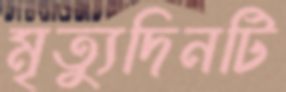
মৃত্যুদিনটি